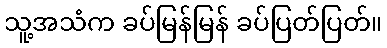
သူ့အသံက ခပ်မြန်မြန် ခပ်ပြတ်ပြတ်။